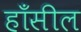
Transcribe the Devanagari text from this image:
हाँसील